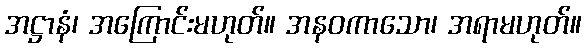
အဋ္ဌာနံ၊ အကြောင်းမဟုတ်။ အနဝကာသော၊ အရာမဟုတ်။